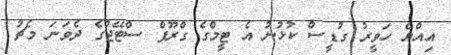
އިއްޔެ ހަވީރު ގުޑީސް ކުޅުނު އެ ޓީމްގެ ގްރޫޕް ސްޓޭޖުގެ ދެވަނަ މެޗު